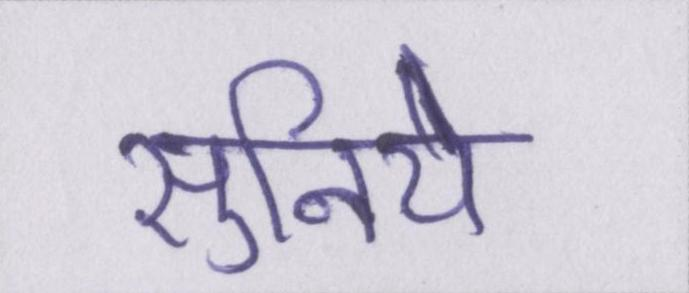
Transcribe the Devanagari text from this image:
सुनिये